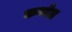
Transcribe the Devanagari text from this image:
कन्नेत